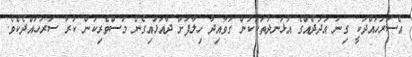
އެސަރަހައްދަކީ ގިނަ އަދަދެއްގެ އުޅަނދުތަކަކުން ގަވާއިދާ ހިލާފަށް ދާއަޅައިގެން މަސްވެރިކަން ކުރާ ސަރަހައްދެކެވެ.